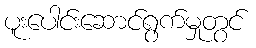
ပူးပေါင်းဆောင်ရွက်မှုတွင်